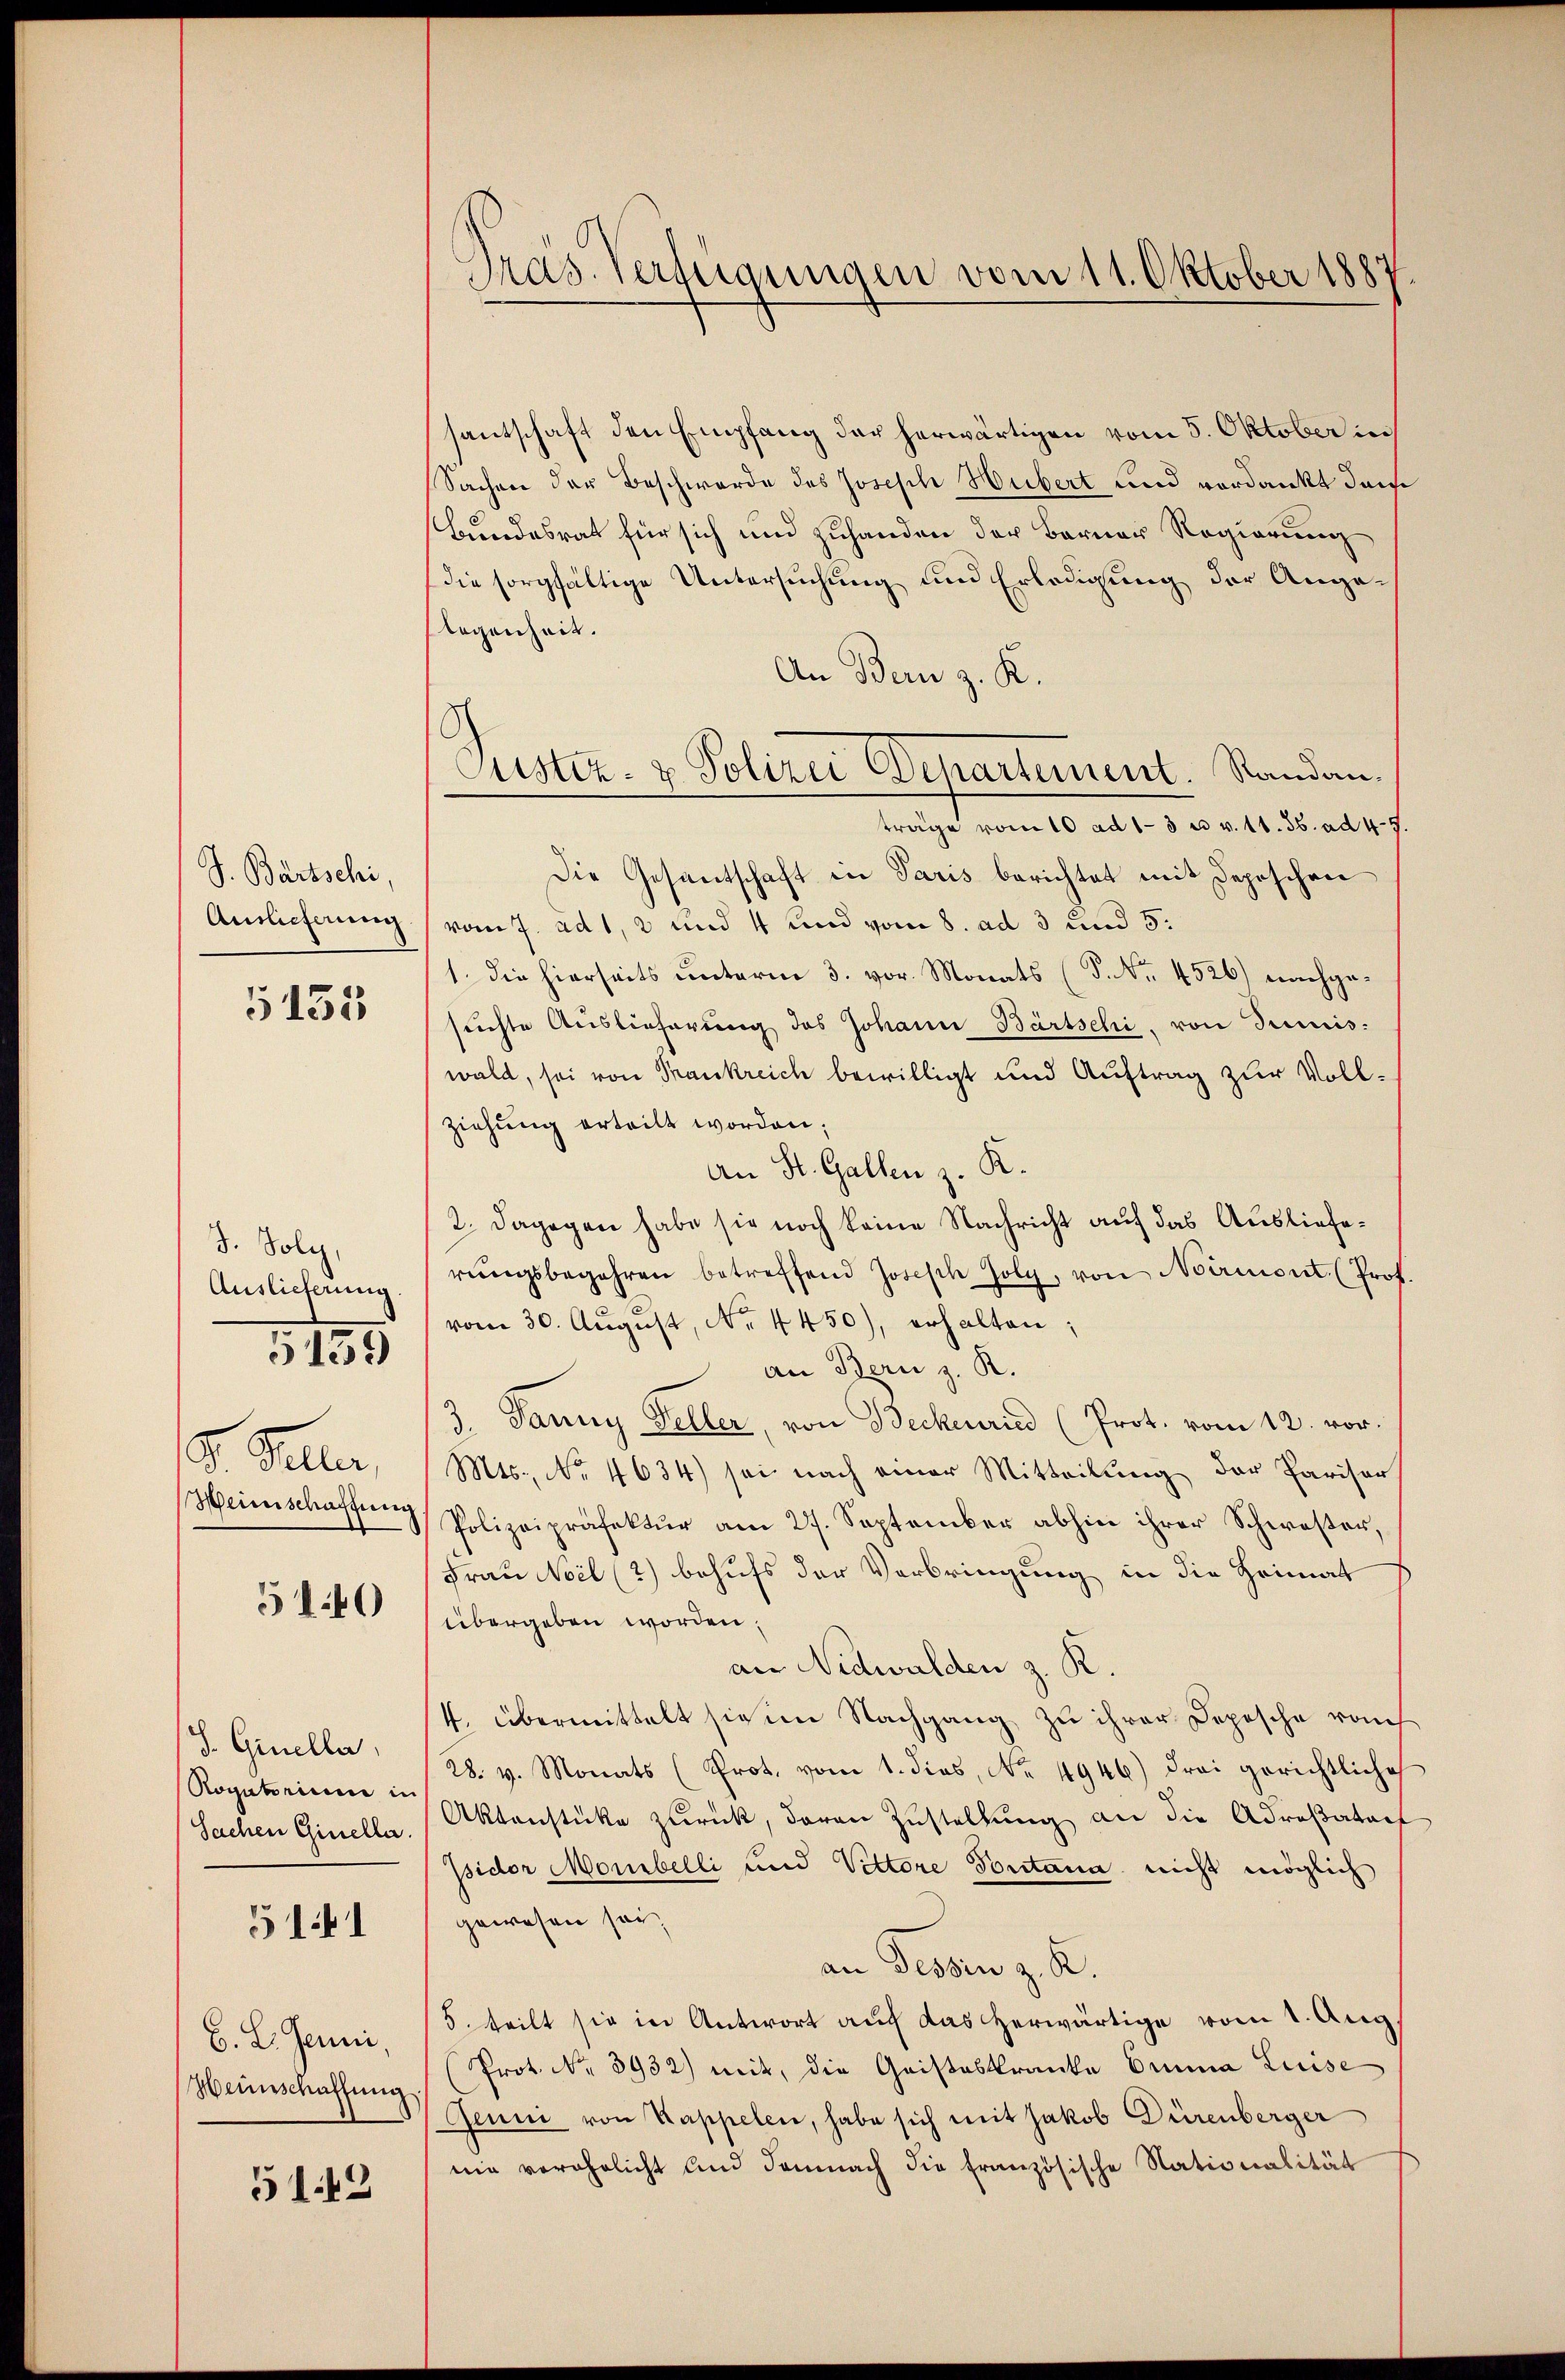
S. Bartschi
Auslieferung

5135

3. Soli,
Auslieferung

5131)

I. Sellen,
Weinschaftung

5140

S. Ginella
Rogatorieren in
Sachen Ginella

511

B. L. Jenni
Weinschaffung.

5143

Präs. Verfügungen vom 11. Oktober 1887.

Justiz- & Polizei Departement. Standan
träge vom 10 ad 13 u. v. 11. 56. ad 45

santschaft den Empfang der herwärtigen vom 5. Oktober in
Sachen der Beschwerde des Joseph Hubert und verdankt dahe
Bundesrat für sich und zuhanden der Berner Regierung
(die sorgfältige Untersuchung und Erledigung der Ange-
legenheit.
An Bern z. K.
Die Gesantschaft in Paris berichtet mit Depeschen
vom 7. ad 1, 2 und 4 und vom 8. ad 3 und 5.
1. die hierseits unterm 3. vor. Monats (T. No. 4526) nachgesuchte Auslieferung des Johann Bartschi, von Junis-
wald, sei von Trankreich bewilligt und Auftrag zur Vollziehung erteilt worden;
An St. Gallen z. K.
2. Dagegen habe sie noch keine Nachricht auf das Auslieferŭngsbegehren betreffend Josisch Joly, von Noirmont. (Prof.
vom 30. August, No. 4450), erhalten;
an Bern z. R.
3. Janny Seller, von Beckenried (Prot. vom 12. vor.
Mts. No. 4634) sei nach einer Mitteilung der Pariser
Polizeipräfektur am 27. September abhin ihrer Schwester,
Frau Noil (2) behufs der Verbringung in die Heimat
übergeben worden.
an Nidwalden z. R.
4. übermittelt sie im Nachgang, zu ihrer Depesche raus¬
28. v. Monats (Prot. vom 1. dies, No. 4946) drei gerichtliche
Aktenstücke zurück, daran Zustellung an die Adrestators
Jsidor Monibelli und Vettore Pontana nicht möglich
gewesen sei,
an Tessin z. K.
5. teilt sie in Antwort auch das herwärtige vom 1. Aug.
Prot. Nr. 3932) mit, die Geisteskranke Omnia Luise
Genni von Kappelen, habe sich mit Jakob Dürenberger
nie verehelicht und demnach die französische Nationalität